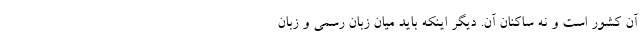
آن کشور است و نه ساکنان آن. دیگر اینکه باید میان زبان رسمی و زبان